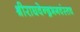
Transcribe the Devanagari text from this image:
श्रीराघवेन्द्रभगवंस्तव